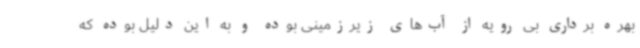
بهره برداری بی رویه از آب‌های زیرزمینی بوده و به این دلیل بوده که